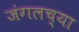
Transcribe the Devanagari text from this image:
जंगलच्या